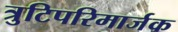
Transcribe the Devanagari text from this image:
त्रुटिपरिमार्जक